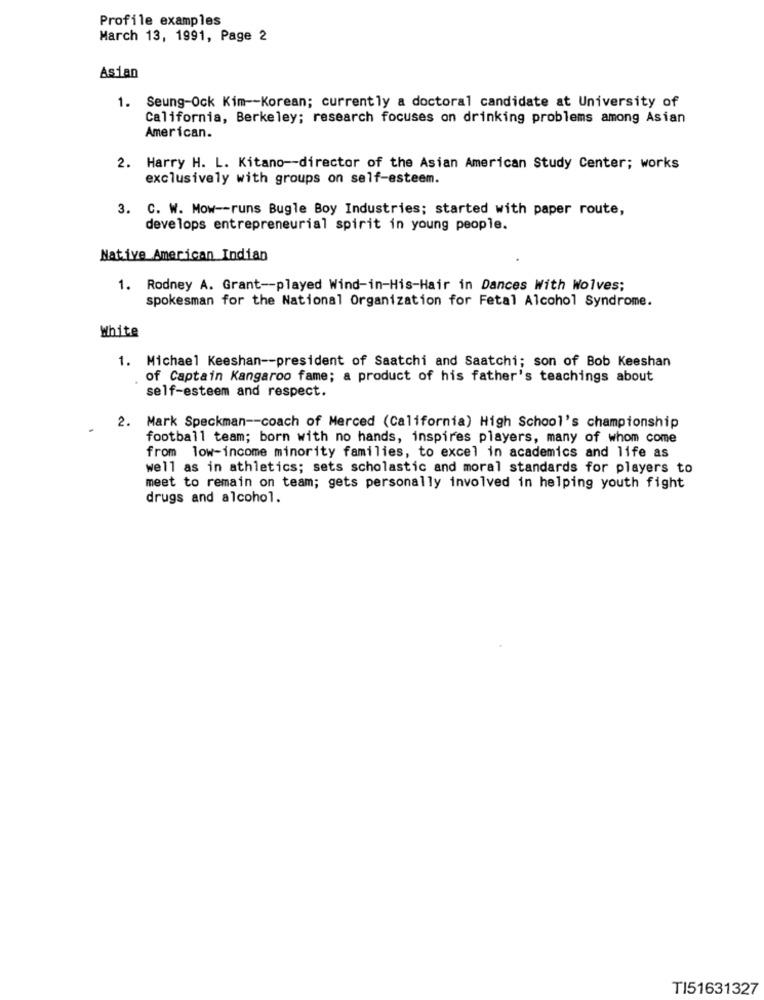
Profile examples
March 13, 1991, Page 2
Asian
1. Seung-Ock Kim -- Korean; currently a doctoral candidate at University of
California, Berkeley; research focuses on drinking problems among Asian
American.
2. Harry H. L. Kitano -- director of the Asian American Study Center; works
exclusively with groups on self-esteem.
3. C. W. Mow -- runs Bugle Boy Industries; started with paper route,
develops entrepreneurial spirit in young people.
Native American Indian
1. Rodney A. Grant -- played Wind-in-His-Hair in Dances With Wolves;
spokesman for the National Organization for Fetal Alcohol Syndrome.
White
1. Michael Keeshan -- president of Saatchi and Saatchi; son of Bob Keeshan
of Captain Kangaroo fame; a product of his father's teachings about
self-esteem and respect.
2. Mark Speckman -- coach of Merced (California) High School's championship
football team; born with no hands, inspires players, many of whom come
from low-income minority families, to excel in academics and life as
well as in athletics; sets scholastic and moral standards for players to
meet to remain on team; gets personally involved in helping youth fight
drugs and alcohol.
TI51631327